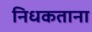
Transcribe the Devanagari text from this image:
निधकताना